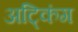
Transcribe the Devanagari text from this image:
अट्किंग